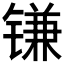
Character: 𰾮